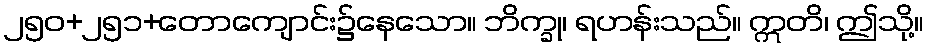
၂၅၀+၂၅၁+တောကျောင်း၌နေသော။ ဘိက္ခု၊ ရဟန်းသည်။ ဣတိ၊ ဤသို့။